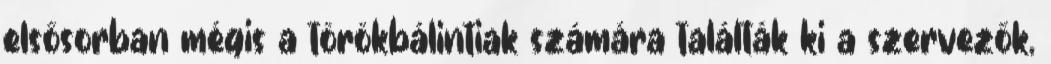
elsősorban mégis a törökbálintiak számára találták ki a szervezők,